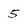
Character: 5